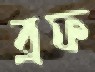
ব্রফ